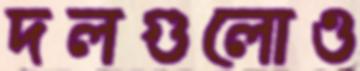
দলগুলোও